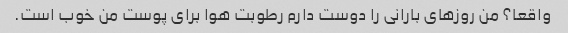
واقعا؟ من روزهای بارانی را دوست دارم رطوبت هوا برای پوست من خوب است.